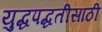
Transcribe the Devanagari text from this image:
युद्धपद्धतीसाठी